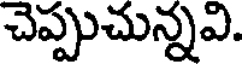
చెప్పుచున్నవి.